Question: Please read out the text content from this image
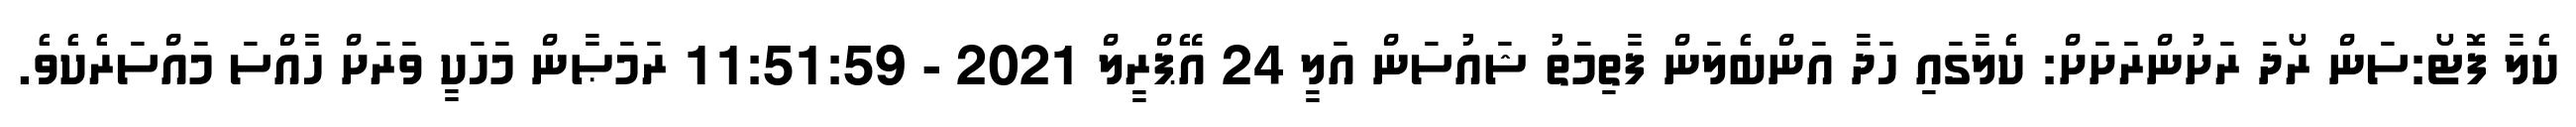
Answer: ކެލާ ފޮޓޯ:ސަން ރޯދަ ރަށުންރަށަށް: ކެލާގައި ހަދާ އަންބެލަން ފާތިމަތު ޝައުސަން އަލީ 24 އޭޕްރީލް 2021 - 11:51:59 ރަމަޞާން މަހަކީ ވަރަށް ހާއްސަ މައްސަރެކެވެ.